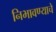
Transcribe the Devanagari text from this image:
निभावण्याचे